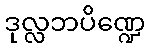
ဒုလ္လဘပိဏ္ဍေ